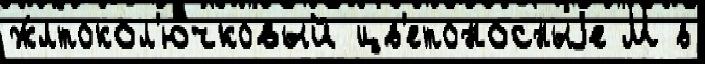
ж́лтокол'ючковый цв'етоносныjе М в